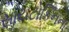
સાયટોકિનના